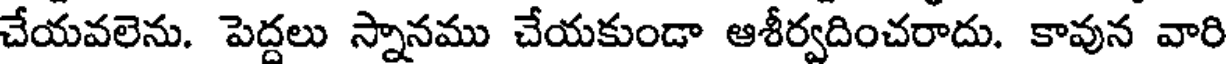
చేయవలెను. పెద్దలు స్నానము చేయకుండా ఆశీర్వదించరాదు. కావున వారి